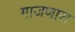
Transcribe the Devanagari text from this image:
गाजणारा